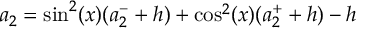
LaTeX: a _ { 2 } = \sin ^ { 2 } ( x ) ( a _ { 2 } ^ { - } + h ) + \cos ^ { 2 } ( x ) ( a _ { 2 } ^ { + } + h ) - h